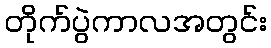
တိုက်ပွဲကာလအတွင်း